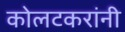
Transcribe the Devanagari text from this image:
कोलटकरांनी